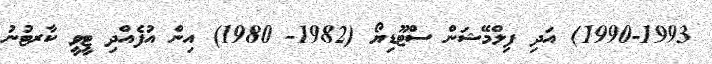
1990-1993) އަދި ފިލްމޭޝަން ސްޓޫޑިޔޯ (1982- 1980) އިން އުފެއްދި ޓީވީ ކާރޓުނު